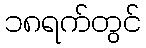
၁၈ရက်တွင်